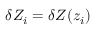
\delta Z _ { i } = \delta Z ( z _ { i } )